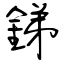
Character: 銻